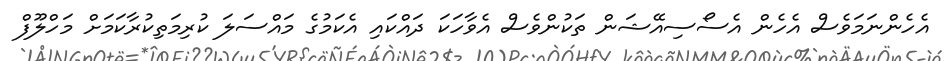
އެހެންނަމަވެސް އެހެން އެސޯސިއޭޝަން ތަކުންވެސް އެވާހަކަ ދައްކައި އެކަމުގެ މައްސަލަ ކުރިމަތިކުރާކަމަށް މަހްލޫފް